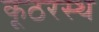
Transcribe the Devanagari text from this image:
कूठरस्थ